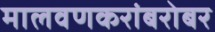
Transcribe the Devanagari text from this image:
मालवणकरांबरोबर